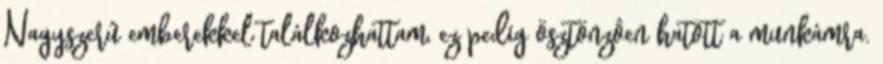
Nagyszerû emberekkel találkozhattam, ez pedig ösztönzôen hatott a munkámra.